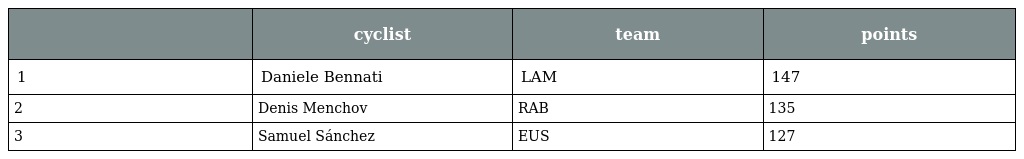
|  | cyclist | team | points |
 | --- | --- | --- | --- |
 | 1 | Daniele Bennati | LAM | 147 |
 | 2 | Denis Menchov | RAB | 135 |
 | 3 | Samuel Sánchez | EUS | 127 |